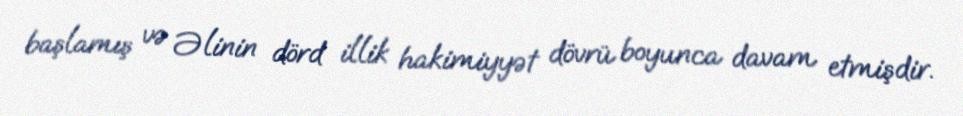
başlamış və Əlinin dörd illik hakimiyyət dövrü boyunca davam etmişdir.